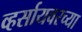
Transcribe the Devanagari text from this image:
व्हर्सायवरच्या